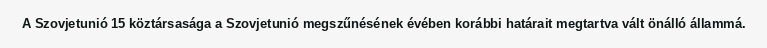
A Szovjetunió 15 köztársasága a Szovjetunió megszűnésének évében korábbi határait megtartva vált önálló állammá.